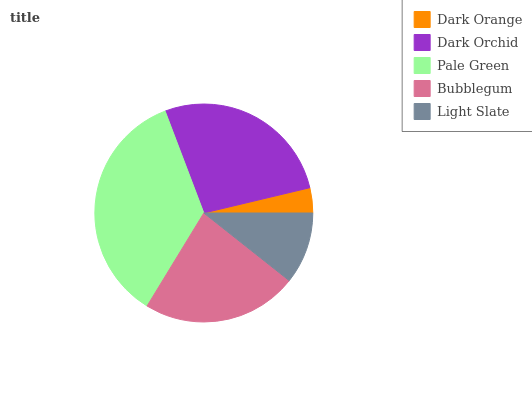
| Dark Orange | Dark Orchid | Pale Green | Bubblegum | Light Slate |
 | --- | --- | --- | --- | --- |
 | 3.72% | 27.1% | 35.5% | 23.1% | 10.7% |